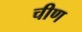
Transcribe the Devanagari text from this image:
चीण